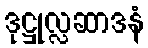
ဒုဋ္ဌုလ္လဆာဒနံ